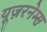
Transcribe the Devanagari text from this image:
यूज़रनेम्स